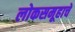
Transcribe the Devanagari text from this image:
लोकसमूहाचे